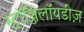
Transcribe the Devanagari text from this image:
स्ट्रॉञ्जिलॉयडीज़